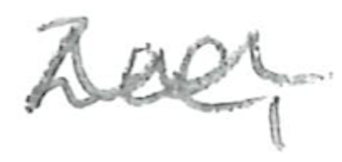
Text: Zee,
Cross-out: mix
Writing tool: pencil